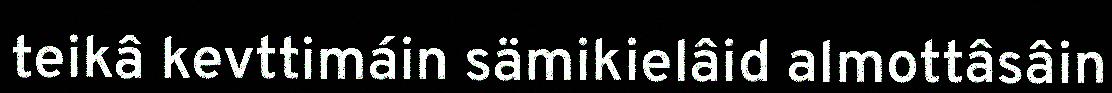
teikâ kevttimáin sämikielâid almottâsâin